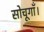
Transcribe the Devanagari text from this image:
सोचूगाँ।